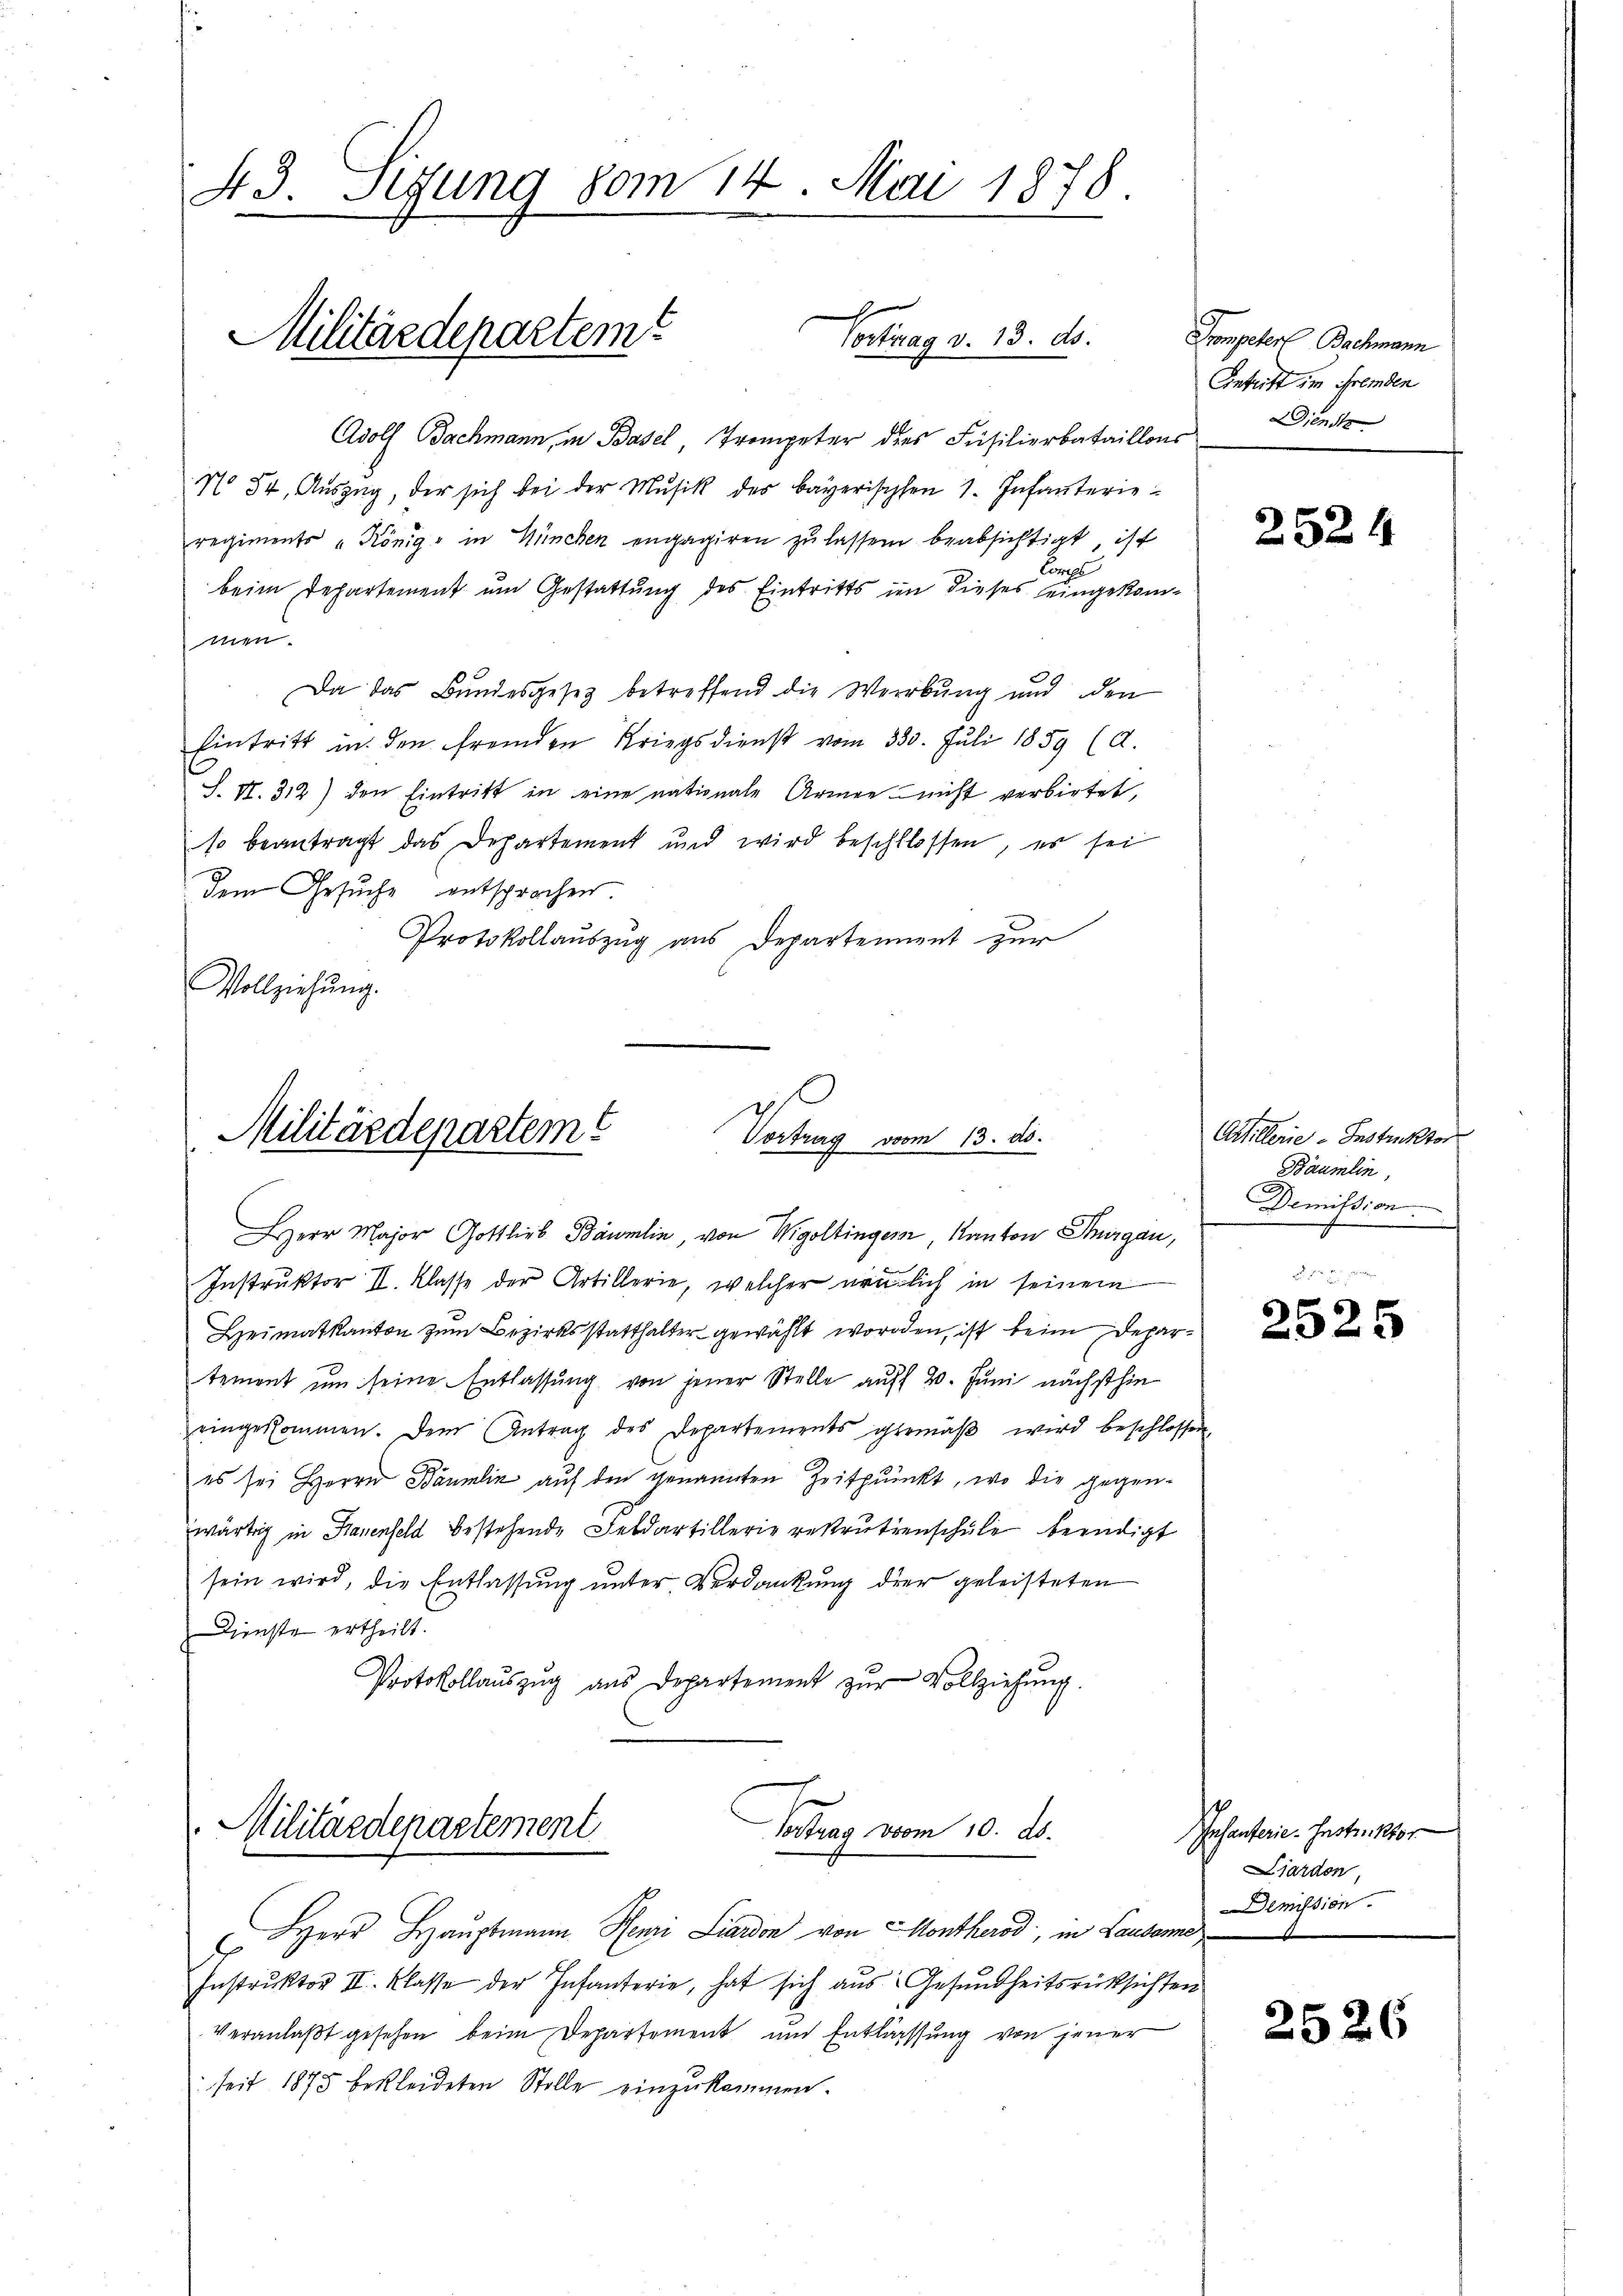
43. Sizung vom 14. Mai 1878.
x
Militärdepartem
¬
Vortrag v. 13. ds.

Adolf Bachmann, in Basel, Trompeter dies Füsilierbataillons Diens
No 54, Aŭszŭg, der sich bei der Mŭsik des Bayerischen 1. Infanterie-
regiments „Königs in München engagiren zu lassen beabsichtigt, ist
Compe
beim Departement um Gestattung des Eintritts im dieses eingekommen.
Da das Bundesgesetz betreffend die Werbung und den
Eintritt in den fremden Kriegsdienst vom 330. Jŭli 1859 (d.
S. Nr. 312) den Eintritt in eine nationale Armee nicht verbietet,
so beantragt das Departement und wird beschlossen, es sei
Dem Gesuche entsprochen.
Protokollauszug aus Departement zur
Vollziehung.

Militärdepartem
Vortrag vom 13. ds.
Herr Major Gottlieb Bäumlin, von Wigoltinger Kanton Thurgau,

Instruktor II. Klasse der Artillerie, welcher ärmlich in seinem
Heimatkanton zum Bezirksstatthalter gewählt worden, ist beim Departement um seine Entlassung von jener Stelle auff 20. Juni nächsthin
eingekommen. Dem Antrag des Departements gemäβ wird beschlossen,
es sei Herrn Bäumelin auf den genannten Zeitpunkt, wo die gegenwärtig in Frauenfeld bestehende Feldartillerie rekrutienschule beendigt
sein wird, die Entlassung unter Verdankung der geleisteten
Dienste ertheilt.
Protokollauszug aus Departement zŭr Vollziehung.

Militärdepartement
Vertrag vom 10. ds.

HHerr Hauptmann Reni Liardon von Montherod, in Lausanne
Instruktor II. Klasse der Infanterie, hat sich aus Gesundheitsrücksichten
Veranlaßt gesehen beim Departement und Entlassung von jener
seit 1875 bekleideten Stolle einzukommen.

Srompeter Bachmann
Entritt im Fremden

2524

Artillerie-Instruktor
Bäumlin
Demission
.

2525

Infanterie-Instr. 1810.
iardon,
Demission.

2526